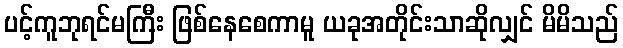
ပင့်ကူဘုရင်မကြီး ဖြစ်နေစေကာမူ ယခုအတိုင်းသာဆိုလျှင် မိမိသည်